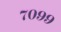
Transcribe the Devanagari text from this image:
७०९९